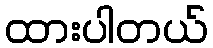
ထားပါတယ်